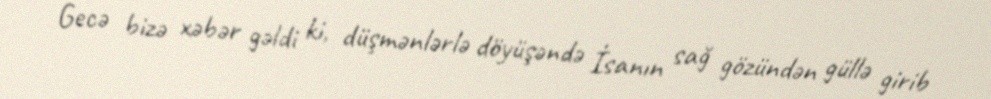
Gecə bizə xəbər gəldi ki, düşmənlərlə döyüşəndə İsanın sağ gözündən güllə girib